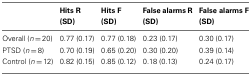
|  | Hits R (SD) | Hits F (SD) | False alarms R (SD) | False alarms F (SD) |
 | --- | --- | --- | --- | --- |
 | Overall (n = 20) | 0.77 (0.17) | 0.77 (0.18) | 0.23 (0.17) | 0.30 (0.17) |
 | PTSD (n = 8) | 0.70 (0.19) | 0.65 (0.20) | 0.30 (0.20) | 0.39 (0.14) |
 | Control (n = 12) | 0.82 (0.15) | 0.85 (0.12) | 0.18 (0.13) | 0.24 (0.17) |